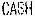
CASH